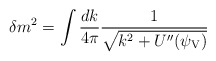
\begin{align*}\delta m^2= \int \frac{dk}{4\pi}\frac{1}{\sqrt{k^2+U^{\prime\prime}(\psi_{\rm V})}}\end{align*}